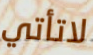
لاتأتي